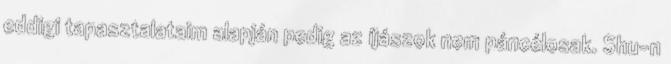
eddigi tapasztalataim alapján pedig az íjászok nem páncélosak. Shu-n